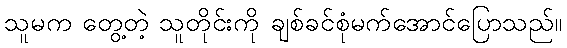
သူမက တွေ့တဲ့ သူတိုင်းကို ချစ်ခင်စုံမက်အောင်ပြောသည်။